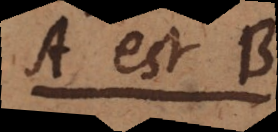
A est B,